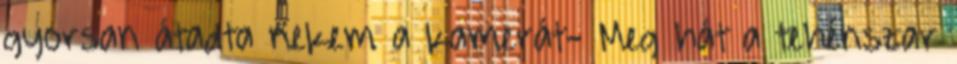
gyorsan átadta nekem a kamerát- Meg hát a tehénszar